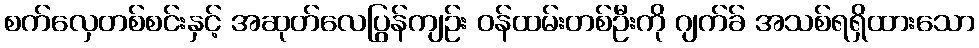
စက်လှေတစ်စင်းနှင့် အဆုတ်လေပြွန်ကျဉ်း ဝန်ထမ်းတစ်ဦးကို ဂျက်ခ် အသစ်ရရှိထားသော